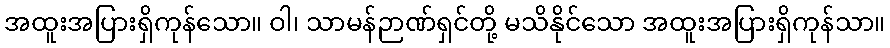
အထူးအပြားရှိကုန်သော။ ဝါ၊ သာမန်ဉာဏ်ရှင်တို့ မသိနိုင်သော အထူးအပြားရှိကုန်သာ။